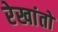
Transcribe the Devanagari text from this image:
रेखांतों